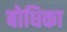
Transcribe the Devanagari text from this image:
बोधिका